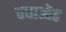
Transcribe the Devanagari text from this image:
चधाऒढ